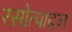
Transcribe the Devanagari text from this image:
रसोत्पादन